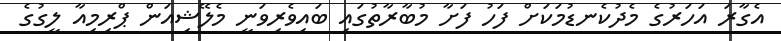
އެގާރަ އަހަރުގެ މެދުކެނޑުމަކަށް ފަހު ފަށާ މުބާރާތުގައި ބައިވެރިވަނީ މެލޭޝިއަން ޕްރިމިއާ ލީގުގެ